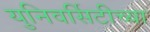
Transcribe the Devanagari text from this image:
युनिवर्सिटीच्या